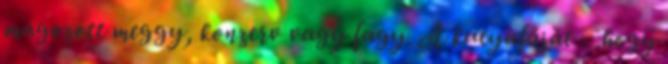
magozott meggy, konzerv vagy fagy. A kutyafáját - .hogy